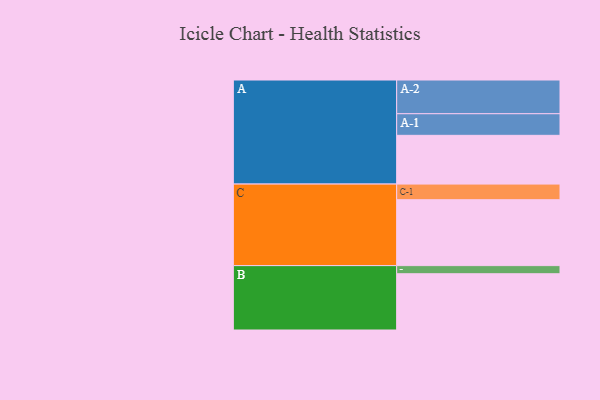
{"axis": {"x": "Segment", "y": "Value"}, "legend": ["", "A", "B", "C"], "data": [{"x": "A", "y": 318, "type": ""}, {"x": "B", "y": 367, "type": ""}, {"x": "C", "y": 430, "type": ""}, {"x": "A-1", "y": 141, "type": "A"}, {"x": "A-2", "y": 220, "type": "A"}, {"x": "B-1", "y": 53, "type": "B"}, {"x": "C-1", "y": 102, "type": "C"}]}